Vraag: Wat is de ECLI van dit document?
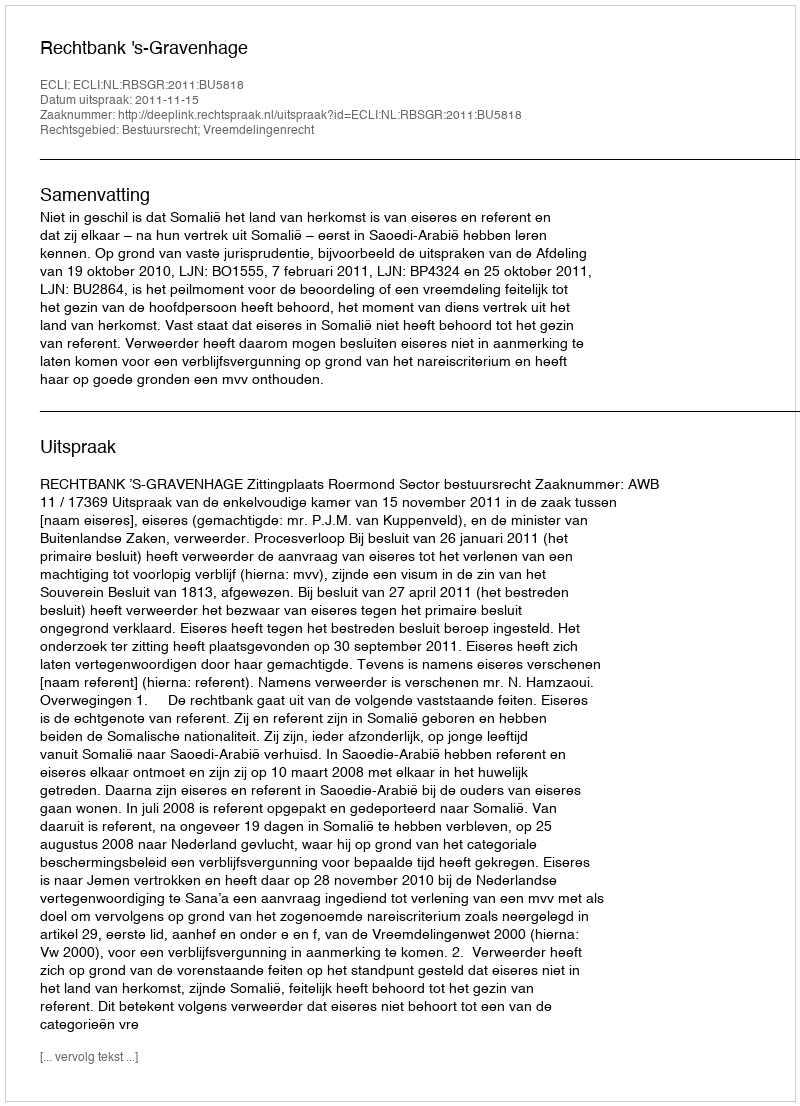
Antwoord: ECLI:NL:RBSGR:2011:BU5818